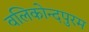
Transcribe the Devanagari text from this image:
वलिकोन्दपुरम